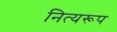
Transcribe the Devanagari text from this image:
नित्यरूप